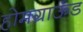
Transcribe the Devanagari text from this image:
होमग्राऊंड